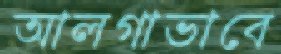
আলগাভাবে